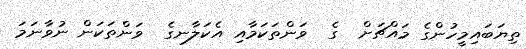
ތިޔަބައިމީހުންގެ މައްޗަށް  ގެ  ވަންތަކަމާއި އެކަލާނގެ  ވަންތަކަން ނުވާނަމަ